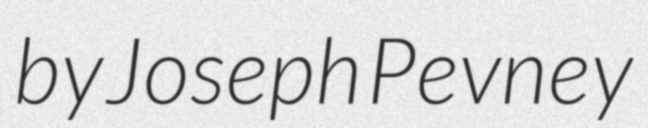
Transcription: by Joseph Pevney